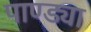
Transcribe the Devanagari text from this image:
पाण्ड्या